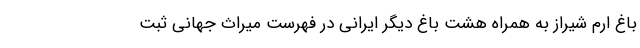
باغ ارم شیراز به همراه هشت باغ دیگر ایرانی در فهرست میراث جهانی ثبت